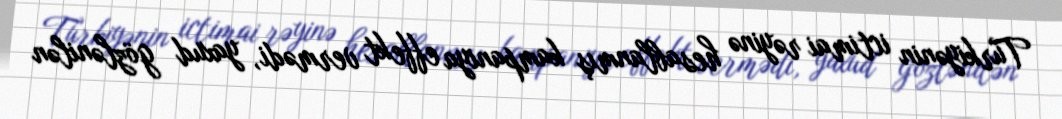
Türkiyənin ictimai rəyinə hesablanmış kampaniya effekt vermədi, yaxud gözlənilən